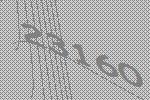
23160